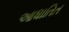
આધાતિત